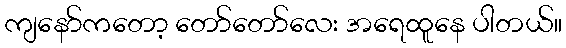
ကျနော်ကတော့ တော်တော်လေး အရေထူနေ ပါတယ်။